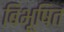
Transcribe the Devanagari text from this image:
बिभूषित